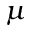
\mu